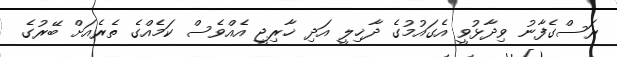
ރަސްގެފާނު ވިދާޅުވީ އެގައުމުގެ ދާޚިލީ އަދި ޚާރިޖީ އެއްވެސް ކަމެއްގެ ތެރެއަށް ބޭރުގެ